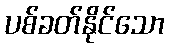
ပစ်ခတ်နိုင်သော